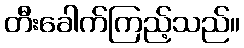
တီးခေါက်ကြည့်သည်။